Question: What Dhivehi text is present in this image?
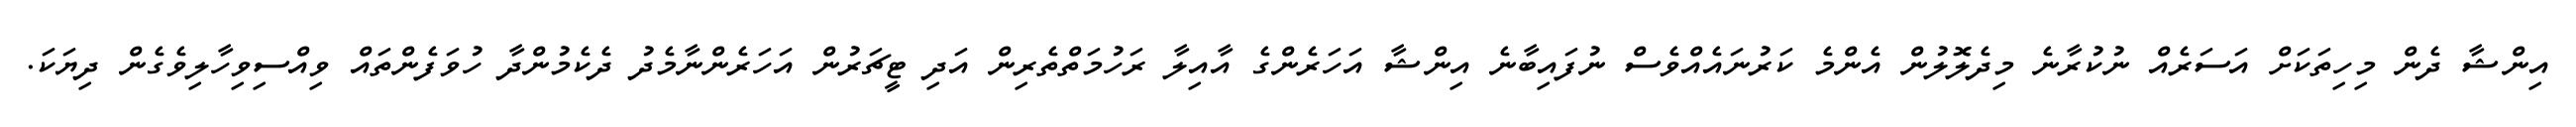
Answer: އިންޝާ ދެން މިހިތަކަށް އަސަރެއް ނުކުރާނެ މިދެލޮލުން އެންމެ ކަރުނައެއްވެސް ނުފައިބާނެ އިންޝާ އަހަރެންގެ އާއިލާ ރަހުމަތްތެރިން އަދި ޓީޗަރުން އަހަރެންނާމެދު ދެކެމުންދާ ހުވަފެންތައް ވިއްސިވިހާލިވެގެން ދިޔަކަ.